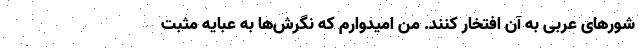
شور‌های عربی به آن افتخار کنند. من امیدوارم که نگرش‌ها به عبایه مثبت